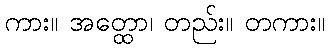
ကား။ အတ္ထော၊ တည်း။ တကား။